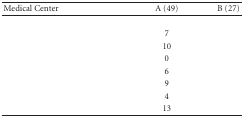
<table><thead><tr><td><b>Medical Center</b></td><td><b>A (49)</b></td><td><b>B (27)</b></td></tr></thead><tbody><tr><td>[EMPTY_CELL]</td><td>[EMPTY_CELL]</td><td>[EMPTY_CELL]</td></tr><tr><td>[EMPTY_CELL]</td><td>7</td><td>[EMPTY_CELL]</td></tr><tr><td>[EMPTY_CELL]</td><td>10</td><td>[EMPTY_CELL]</td></tr><tr><td>[EMPTY_CELL]</td><td>0</td><td>[EMPTY_CELL]</td></tr><tr><td>[EMPTY_CELL]</td><td>6</td><td>[EMPTY_CELL]</td></tr><tr><td>[EMPTY_CELL]</td><td>9</td><td>[EMPTY_CELL]</td></tr><tr><td>[EMPTY_CELL]</td><td>4</td><td>[EMPTY_CELL]</td></tr><tr><td>[EMPTY_CELL]</td><td>13</td><td>[EMPTY_CELL]</td></tr></tbody></table>